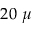
2 0 \ \mu